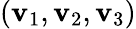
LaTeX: (\textbf{v}_{1},\textbf{v}_{2},\textbf{v}_{3})